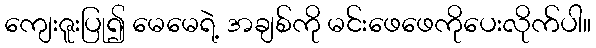
ကျေးဇူးပြု၍ မေမေရဲ့ အချစ်ကို မင်းဖေဖေကိုပေးလိုက်ပါ။